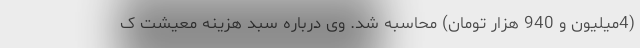
(4میلیون و 940 هزار تومان) محاسبه شد. وی درباره سبد هزینه معیشت ک